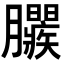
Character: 𣎱